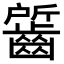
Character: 𪘷